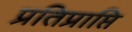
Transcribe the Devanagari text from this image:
प्रतिप्राप्ति